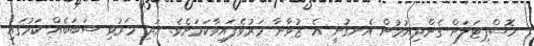
ހޮސްޕިޓަލަށް ގެންދިޔުމުން އެނގުނީ އެ ޒުވާނާ މަރުވެފައިވާކަމަށެވެ. އަދި މަރުވި ސަބަބެއް ކަމުގައި